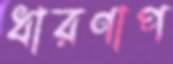
ধারণাপ